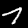
Digit: 7